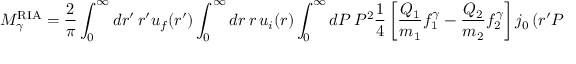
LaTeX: { \cal M } _ { \gamma } ^ { \mathrm { R I A } } \: \: = \: \: \frac { 2 } { \pi } \int _ { 0 } ^ { \infty } d r ^ { \prime } \, r ^ { \prime } u _ { f } ( r ^ { \prime } ) \int _ { 0 } ^ { \infty } d r \, r \, u _ { i } ( r ) \int _ { 0 } ^ { \infty } d P \, P ^ { 2 } \: \frac { 1 } { 4 } \left[ \frac { Q _ { 1 } } { m _ { 1 } } f _ { 1 } ^ { \gamma } - \frac { Q _ { 2 } } { m _ { 2 } } f _ { 2 } ^ { \gamma } \right] \: j _ { 0 } \left( r ^ { \prime } P \right) j _ { 0 } \left( r P \right) ,